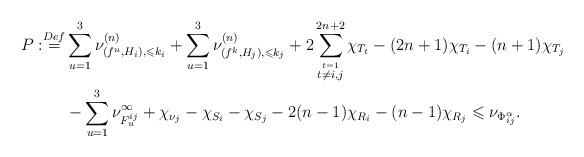
LaTeX: \begin{align*}P:\overset{Def}= &\sum_{u=1}^{3}\nu^{(n)}_{(f^u,H_i),\leqslant k_i}+\sum_{u=1}^3\nu^{(n)}_{(f^k,H_j),\leqslant k_j}+2\sum_{\overset{t=1}{t\ne i,j}}^{2n+2}\chi_{T_t}-(2n+1)\chi_{T_i}-(n+1)\chi_{T_j}\\&-\sum_{u=1}^3\nu^\infty_{F_u^{ij}}+\chi_{\nu_j}-\chi_{S_i}-\chi_{S_j}-2(n-1)\chi_{R_i}-(n-1)\chi_{R_j}\leqslant \nu_{\Phi^\alpha_{ij}}.\end{align*}